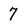
Character: 7